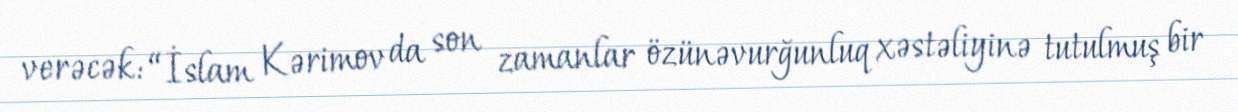
verəcək: “İslam Kərimov da son zamanlar özünəvurğunluq xəstəliyinə tutulmuş bir